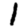
Digit: 1